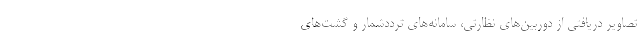
تصاویر دریافتی از دوربین‌های نظارتی‌، سامانه‌های ترددشمار و گشت‌های